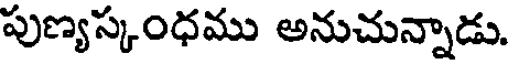
పుణ్యస్కంధము అనుచున్నాడు.